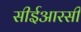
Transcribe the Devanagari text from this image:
सीईआरसी